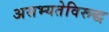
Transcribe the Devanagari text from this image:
असभ्यतेविरूद्ध